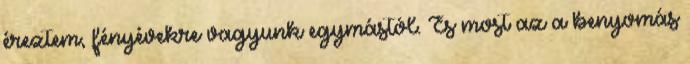
éreztem, fényévekre vagyunk egymástól. És most az a benyomás